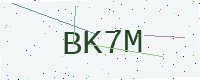
Text: BK7M